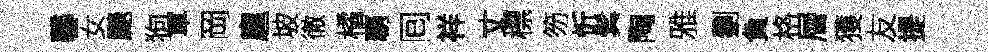
馨女颷狗軍岡扈坡徹橘覇囘祥丈標笏忻鬂陶雅劉負格層獲友提